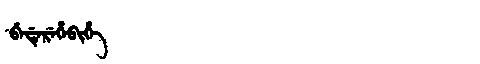
Manchu: ᠪᡝᡩᡝᡵᡝᡥᡝᠪᡳᡥᡝ
Romanization: BEDEREHEBIHE